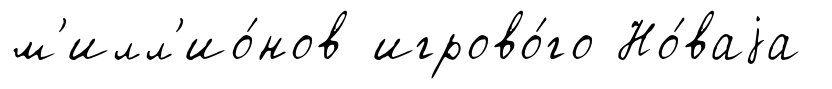
м'илл'ио́нов игрово́го Но́ваjа